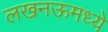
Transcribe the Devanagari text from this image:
लखनऊमध्ये